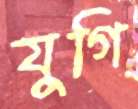
যুগি